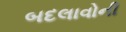
બદલાવોની